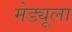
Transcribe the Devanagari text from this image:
मेड्यूला